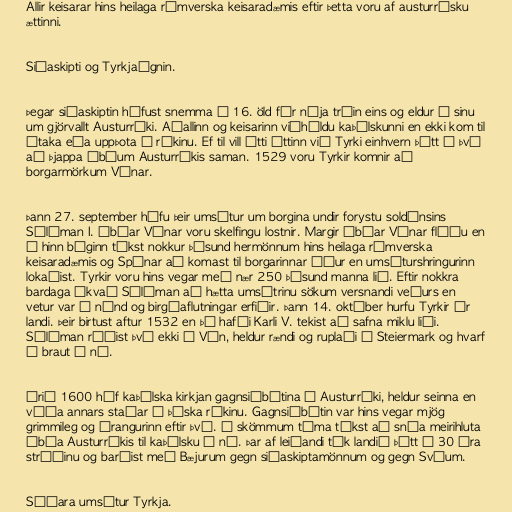
Allir keisarar hins heilaga rómverska keisaradæmis eftir þetta voru af austurrísku
ættinni.

Siðaskipti og Tyrkjaógnin.

Þegar siðaskiptin hófust snemma á 16. öld fór nýja trúin eins og eldur í sinu
um gjörvallt Austurríki. Aðallinn og keisarinn viðhéldu kaþólskunni en ekki kom til
átaka eða uppþota í ríkinu. Ef til vill átti óttinn við Tyrki einhvern þátt í því
að þjappa íbúum Austurríkis saman. 1529 voru Tyrkir komnir að
borgarmörkum Vínar.

Þann 27. september hófu þeir umsátur um borgina undir forystu soldánsins
Súlíman I. Íbúar Vínar voru skelfingu lostnir. Margir íbúar Vínar flúðu en
á hinn bóginn tókst nokkur þúsund hermönnum hins heilaga rómverska
keisaradæmis og Spánar að komast til borgarinnar áður en umsáturshringurinn
lokaðist. Tyrkir voru hins vegar með nær 250 þúsund manna lið. Eftir nokkra
bardaga ákvað Súlíman að hætta umsátrinu sökum versnandi veðurs en
vetur var í nánd og birgðaflutningar erfiðir. Þann 14. október hurfu Tyrkir úr
landi. Þeir birtust aftur 1532 en þá hafði Karli V. tekist að safna miklu liði.
Súlíman réðist því ekki á Vín, heldur rændi og ruplaði í Steiermark og hvarf
á braut á ný.

Árið 1600 hóf kaþólska kirkjan gagnsiðbótina í Austurríki, heldur seinna en
víða annars staðar í þýska ríkinu. Gagnsiðbótin var hins vegar mjög
grimmileg og árangurinn eftir því. Á skömmum tíma tókst að snúa meirihluta
íbúa Austurríkis til kaþólsku á ný. Þar af leiðandi tók landið þátt í 30 ára
stríðinu og barðist með Bæjurum gegn siðaskiptamönnum og gegn Svíum.

Síðara umsátur Tyrkja.